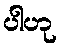
ပါဟု